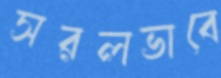
সরলভাবে